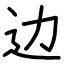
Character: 边